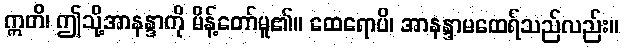
ဣတိ၊ ဤသို့အာနန္ဒာကို မိန့်တော်မူ၏။ ထေရောပိ၊ အာနန္ဒာမထေရ်သည်လည်း။